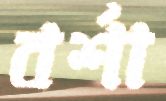
বর্শা